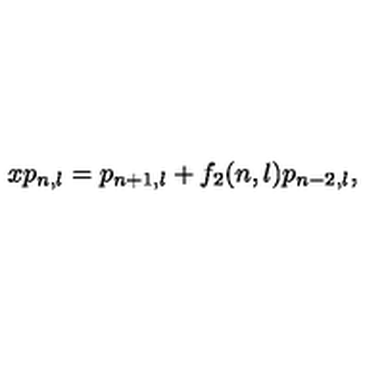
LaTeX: x p _ { n , l } = p _ { n + 1 , l } + f _ { 2 } ( n , l ) p _ { n - 2 , l } ,